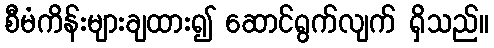
စီမံကိန်းများချထား၍ ဆောင်ရွက်လျက် ရှိသည်။